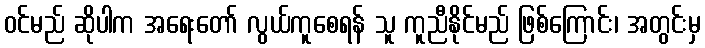
ဝင်မည် ဆိုပါက အရေးတော် လွယ်ကူစေရန် သူ ကူညီနိုင်မည် ဖြစ်ကြောင်း၊ အတွင်းမှ